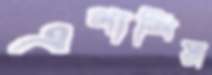
এগাশিয়া